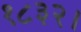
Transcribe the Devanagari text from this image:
१८३२।